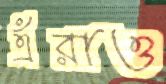
এঁরাও